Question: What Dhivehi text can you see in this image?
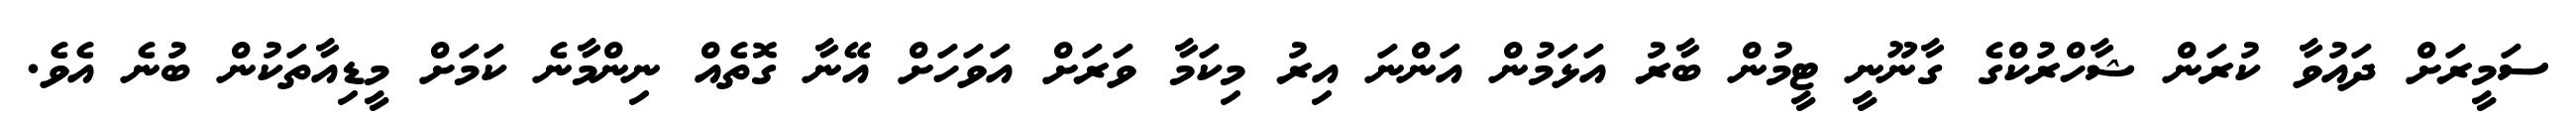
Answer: ސަމީރަށް ދައުވާ ކުރަން ޝާހްރުކްގެ ގާނޫނީ ޓީމުން ބާރު އަޅަމުން އަންނަ އިރު މިކަމާ ވަރަށް އަވަހަށް އޭނާ ގޮތެއް ނިންމާނެ ކަމަށް މީޑިއާތަކުން ބުނެ އެވެ.